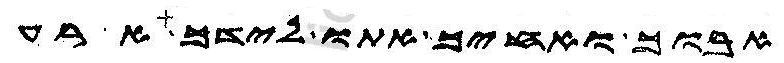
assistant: אבוך ואחיך אתו לידך ארע